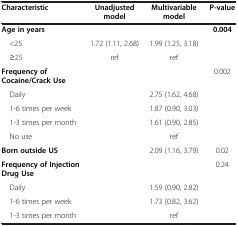
<table><thead><tr><td><b>Characteristic</b></td><td><b>Unadjusted model</b></td><td><b>Multivariable model</b></td><td><b>P-value</b></td></tr></thead><tbody><tr><td><b>Age in years</b></td><td> </td><td> </td><td><b>0.004</b></td></tr><tr><td> &lt;25</td><td>1.72 (1.11, 2.68)</td><td>1.99 (1.25, 3.18)</td><td> </td></tr><tr><td> ≥25</td><td>ref</td><td>ref</td><td> </td></tr><tr><td><b>Frequency of Cocaine/Crack Use</b></td><td> </td><td> </td><td>0.002</td></tr><tr><td> Daily</td><td> </td><td>2.75 (1.62, 4.68)</td><td> </td></tr><tr><td> 1-6 times per week</td><td> </td><td>1.87 (0.90, 3.03)</td><td> </td></tr><tr><td> 1-3 times per month</td><td> </td><td>1.61 (0.90, 2.85)</td><td> </td></tr><tr><td> No use</td><td> </td><td>ref</td><td> </td></tr><tr><td><b>Born outside US</b></td><td> </td><td>2.09 (1.16, 3.79)</td><td>0.02</td></tr><tr><td><b>Frequency of Injection Drug Use</b></td><td> </td><td> </td><td>0.24</td></tr><tr><td> Daily</td><td> </td><td>1.59 (0.90, 2.82)</td><td> </td></tr><tr><td> 1-6 times per week</td><td> </td><td>1.73 (0.82, 3.62)</td><td> </td></tr><tr><td> 1-3 times per month</td><td> </td><td>ref</td><td> </td></tr></tbody></table>